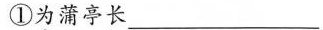
①为蒲亭长___